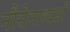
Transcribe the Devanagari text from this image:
नौसेनाध्यक्षों